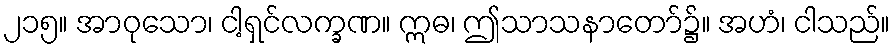
၂၁၅။ အာဝုသော၊ ငါ့ရှင်လက္ခဏ။ ဣဓ၊ ဤသာသနာတော်၌။ အဟံ၊ ငါသည်။